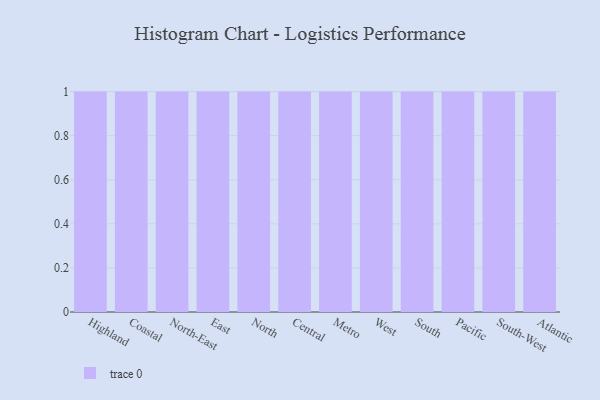
{"axis": {"x": "Region", "y": "Page Views"}, "legend": [""], "data": [{"x": "Highland", "y": 57, "type": ""}, {"x": "Coastal", "y": 6, "type": ""}, {"x": "North-East", "y": 61, "type": ""}, {"x": "East", "y": 8, "type": ""}, {"x": "North", "y": 24, "type": ""}, {"x": "Central", "y": 37, "type": ""}, {"x": "Metro", "y": 68, "type": ""}, {"x": "West", "y": 68, "type": ""}, {"x": "South", "y": 24, "type": ""}, {"x": "Pacific", "y": 59, "type": ""}, {"x": "South-West", "y": 8, "type": ""}, {"x": "Atlantic", "y": 59, "type": ""}]}